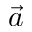
\vec { a }